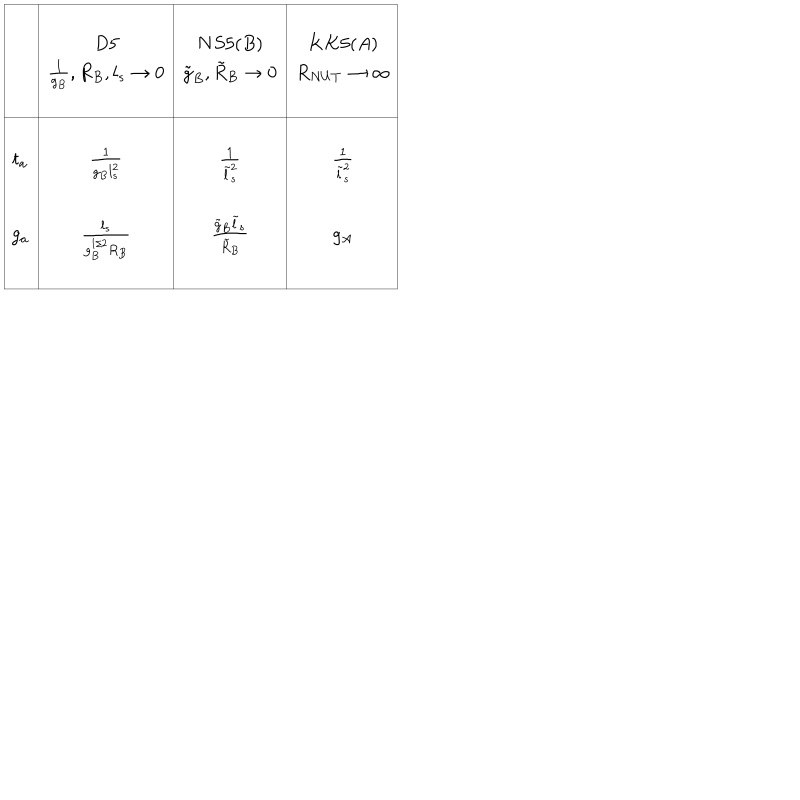
LaTeX: \begin{array} { | c | c | c | c | } \hline { { } } & { { } } & { { } } & { { } } \\ { { } } & { { D 5 } } & { { N S 5 ( B ) } } & { { K K 5 ( A ) } } \\ { { } } & { { { \frac { 1 } { g _ { B } } } , R _ { B } , l _ { s } \rightarrow 0 } } & { { { \tilde { g } } _ { B } , \tilde { R } _ { B } \rightarrow 0 } } & { { R _ { N U T } \rightarrow \infty } } \\ { { } } & { { } } & { { } } & { { } } \\ \hline { { } } & { { } } & { { } } & { { } } \\ { { t _ { a } } } & { { { \frac { 1 } { g _ { B } l _ { s } ^ { 2 } } } } } & { { { \frac { 1 } { \tilde { l } _ { s } ^ { 2 } } } } } & { { { \frac { 1 } { { \tilde { l } } _ { s } ^ { 2 } } } } } \\ { { } } & { { } } & { { } } & { { } } \\ { { g _ { a } } } & { { { \frac { l _ { s } } { g _ { B } ^ { 1 / 2 } R _ { B } } } } } & { { { \frac { { \tilde { g } } _ { B } \tilde { l } _ { s } } { \tilde { R } _ { B } } } } } & { { g _ { A } } } \\ { { } } & { { } } & { { } } & { { } } \\ \hline { { } } \\ \end{array}